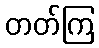
တတ်ကြ